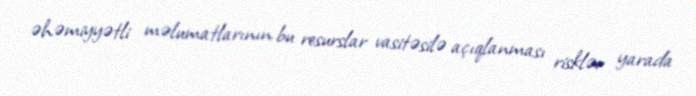
əhəmiyyətli məlumatlarının bu resurslar vasitəsilə açıqlanması risklər yarada